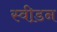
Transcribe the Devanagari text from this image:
स्वी़डन